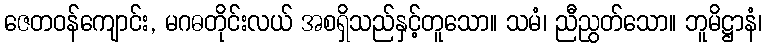
ဇေတဝန်ကျောင်း, မဂဓတိုင်းလယ် အစရှိသည်နှင့်တူသော။ သမံ၊ ညီညွတ်သော။ ဘူမိဋ္ဌာနံ၊